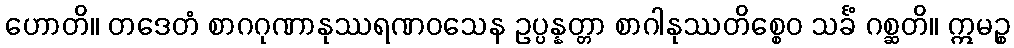
ဟောတိ။ တဒေတံ စာဂဂုဏာနုဿရဏဝသေန ဥပ္ပန္နတ္တာ စာဂါနုဿတိစ္စေဝ သင်္ခံ ဂစ္ဆတိ။ ဣမဉ္စ